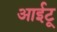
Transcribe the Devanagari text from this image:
आईटू